Report on sanitation, dispensaries, and jails in Rajputana for 1911, and on vaccination for the year 1911-1912 - 1911-1912
Year: 1911
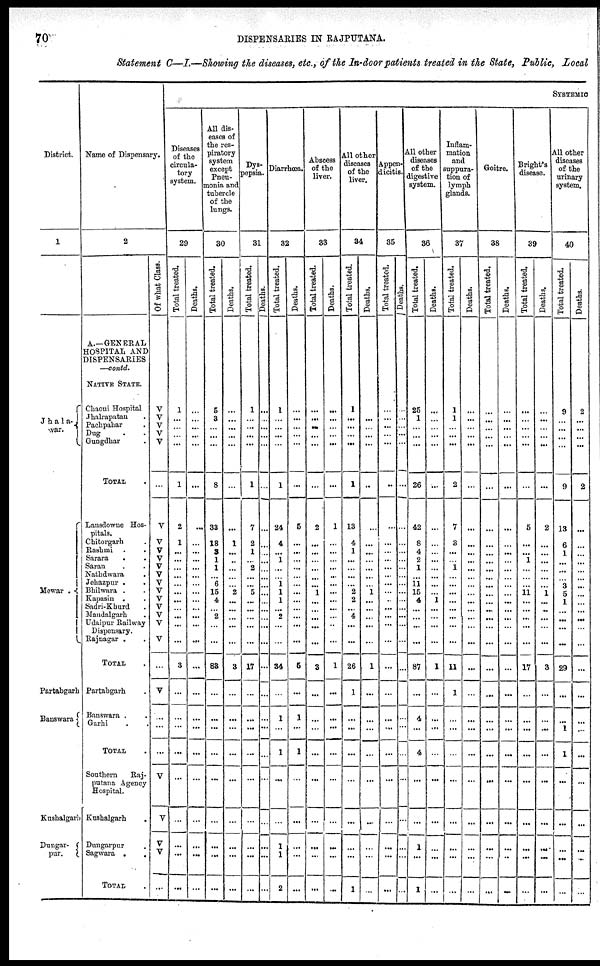
70
DISPENSARIES IN RAJPUTANA.
Statement C—I.—Showing the diseases, etc., of the In-door patients treated in the State, Public, Local
District.
1
Jha1a-
war.
Mewar .
Partabgarh
Banswara
Kushalgarh
Dungar-
pur.
Name of Dispensary.
2
A.—GENERAL
HOSPITAL AND
DISPENSARIES
—contd.
NATIVE STATE.
Chaoni Hospital
Jhalrapatan .
Pachpahar .
Dug . .
Gungdhar
TOTAL .
Lansdowne Hos-
pitals.
Chitorgarh .
Rashmi . .
Sarara . .
Saran . .
Nathdwara
.
Jehazpur . .
Bhilwara . .
Kapasin . .
Sadri-Khurd .
Mandalgarh .
Udaipur Railway
Dispensary.
Rajnagar . .
TOTAL .
Partabgarh .
Banswara . .
Garhi . .
TOTAL .
Southern
Raj-
putana Agency
Hospital.
Kushalgarh
.
Dungarpur .
Sagwara
.
.
TOTAL .
Of what Class.
V
V
V
V
V
...
V
V
V
V
V
V
V
V
V
V
V
V
V
...
V
...
...
...
V
V
V
V
...
SYSTEMIC
Diseases
of the
circula-
tory
system.
29
Total treated.
1
...
...
...
...
1
2
1
...
...
...
...
...
...
...
...
...
...
...
3
...
...
...
...
...
...
...
...
...
Deaths.
...
...
...
...
...
...
...
...
...
...
...
...
...
...
...
...
...
...
...
...
...
...
...
...
...
...
...
...
...
All dis-
eases of
the res-
piratory
system
except
Pneu-
monia and
tubercle
of the
lungs.
30
Total treated.
5
3
...
...
...
8
33
18
3
1
1
...
6
15
4
...
2
...
...
83
...
...
...
...
...
...
...
...
...
Deaths.
...
...
...
...
...
...
...
1
...
...
...
...
...
2
...
...
...
...
...
3
...
...
...
...
...
...
...
...
...
Dys-
pepsia.
31
Total treated.
1
...
...
...
...
1
7
2
1
...
2
...
...
5
...
...
...
...
...
17
...
...
...
...
...
...
...
...
...
Deaths.
...
...
...
...
...
...
...
...
...
...
...
...
...
...
...
...
...
...
...
...
...
...
...
...
...
...
...
...
...
Diarrhœa.
32
Total treated.
1
...
...
...
...
1
24
4
...
1
...
...
1
1
1
...
2
...
...
34
...
1
...
1
...
...
1
1
2
Deaths.
...
...
...
...
...
...
5
...
...
...
...
...
...
...
...
...
...
...
...
5
...
1
...
1
...
...
...
...
...
Abscess
of the
liver.
33
Total treated.
...
...
...
...
...
...
2
...
...
...
...
...
...
1
...
...
...
...
...
3
...
...
...
...
...
...
...
...
...
Deaths.
...
...
...
...
...
...
1
...
...
...
...
...
...
...
...
...
...
...
...
1
...
...
...
...
...
...
...
...
...
All other
diseases
of the
liver.
34
Total treated.
1
...
...
...
...
1
13
4
1
...
...
...
...
2
2
...
4
...
...
26
1
...
...
...
...
...
...
...
1
Deaths.
...
...
...
...
...
...
...
...
...
...
...
...
...
1
...
...
...
...
...
1
...
...
...
...
...
....
...
...
...
Appen-
dicitis.
35
Total treated.
...
...
...
...
...
...
...
...
...
...
...
...
...
...
..
...
...
...
...
...
...
...
...
...
...
...
...
...
...
Deaths.
...
...
...
...
...
...
...
...
...
...
...
...
...
...
...
...
...
...
...
...
...
...
...
...
...
...
...
...
...
All other
diseases
of the
digestive
system.
36
Total treated.
25
1
...
...
...
26
42
8
4
2
1
...
11
15
4
...
...
...
...
87
...
4
...
4
...
...
1
...
1
Deaths.
...
...
...
...
...
...
...
...
...
...
...
...
...
...
1
...
...
...
...
1
...
...
...
...
...
...
...
...
...
Inflam-
mation
and
suppura-
tion of
lymph
glands.
37
Total treated.
1
1
...
...
...
2
7
3
...
...
1
...
...
...
...
...
...
...
...
11
1
...
...
...
...
...
...
...
...
Deaths.
...
...
...
...
...
...
...
...
...
...
...
...
...
...
...
...
...
...
...
...
...
...
...
...
...
...
...
...
...
Goitre.
38
Total treated.
...
...
...
...
...
...
...
...
...
...
...
...
...
...
...
...
...
...
...
...
...
...
...
...
...
...
...
...
...
Deaths.
...
...
...
...
...
...
...
...
...
...
...
...
...
...
...
...
...
...
...
...
...
...
...
...
...
...
...
...
...
Bright's
disease.
39
Total treated.
...
...
...
...
...
...
5
...
...
1
...
...
...
11
...
...
...
...
...
17
...
...
...
...
...
...
...
...
...
Deaths.
...
...
...
...
...
...
2
...
...
...
...
...
...
1
...
...
...
...
...
3
...
...
...
...
...
...
...
...
...
All other
diseases
of the
urinary
system.
40
Total treated.
9
...
...
...
...
9
13
6
1
...
...
...
3
5
1
...
...
...
...
29
...
...
1
1
...
...
...
...
...
Deaths.
2
...
...
...
...
2
...
...
...
...
...
...
...
...
...
...
...
...
...
...
...
...
...
...
...
...
...
...
...